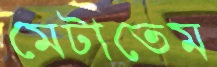
মেটাতেম